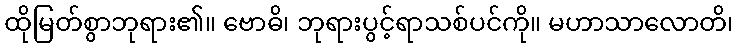
ထိုမြတ်စွာဘုရား၏။ ဗောဓိ၊ ဘုရားပွင့်ရာသစ်ပင်ကို။ မဟာသာလောတိ၊